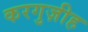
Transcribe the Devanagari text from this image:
करगुज़ीह